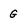
Character: G